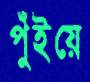
পুঁইয়ে